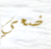
ضعي